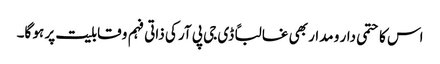
اس کا حتمی دار و مدار بھی غالباً ڈی جی پی آر کی ذاتی فہم و قابلیت پر ہو گا۔